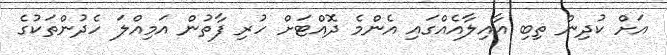
އަށް ކުދިން ތިބި އާއިލާއެއްގައި އެންމެ ދޮއްޓަށް ހުރި ފާތުން އަމިއްލަ ހެދުންތަކުގެ